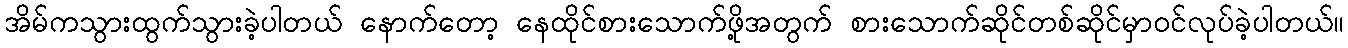
အိမ်ကသွားထွက်သွားခဲ့ပါတယ် နောက်တော့ နေထိုင်စားသောက်ဖို့အတွက် စားသောက်ဆိုင်တစ်ဆိုင်မှာဝင်လုပ်ခဲ့ပါတယ်။